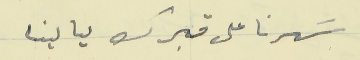
سَهرنا على قبرك ليالينا